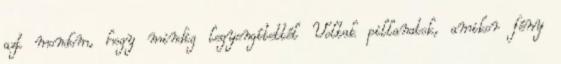
azt mondom, hogy mindig legyengítettél Voltak pillanatok, amikor fény